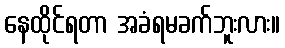
နေထိုင်ရတာ အခံရမခက်ဘူးလား။